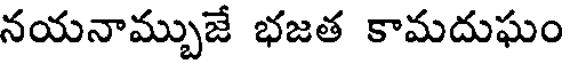
నయనామ్బుజే భజత కామదుఘం